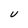
Character: U